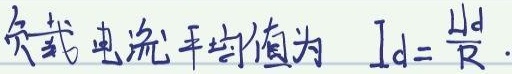
负载电流平均值为 \(I_{d}=\frac{U_{d}}{R}\)。